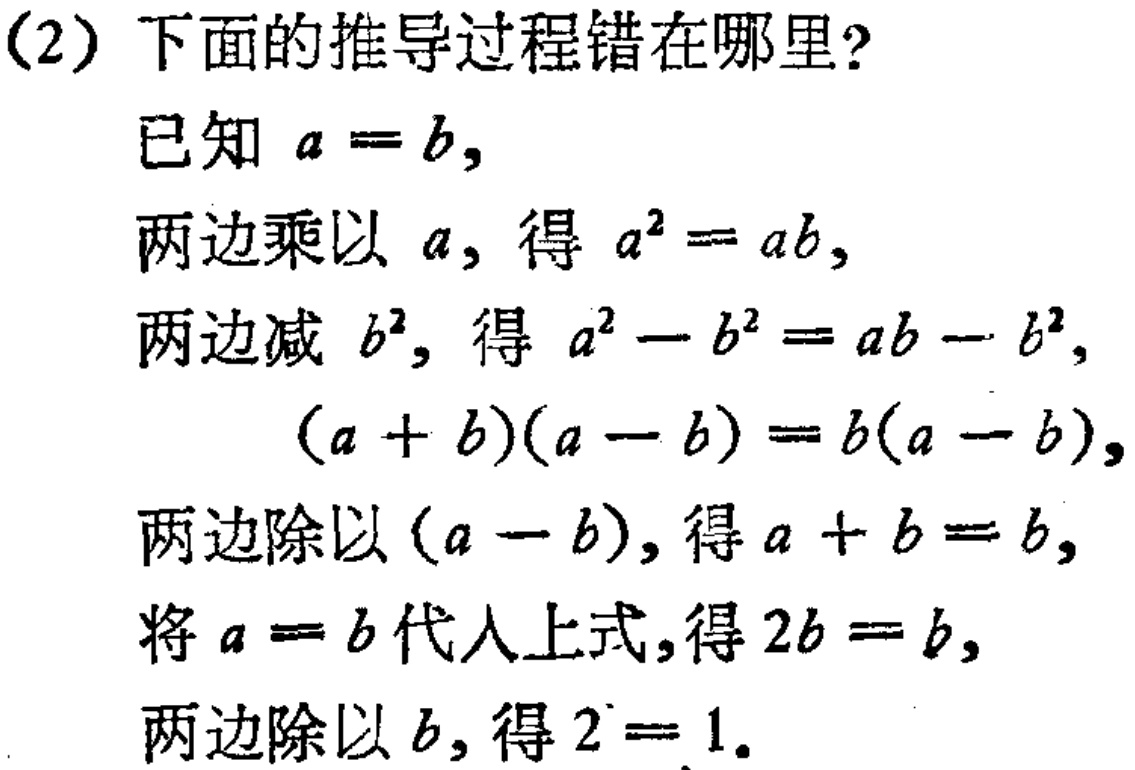
(2) 下面的推导过程错在哪里?

已知 \(a = b\),

两边乘以 \(a\), 得 \(a^{2}=ab\),

两边减 \(b^{2}\), 得 \(a^{2}-b^{2}=ab - b^{2}\),

\((a + b)(a - b)=b(a - b)\),

两边除以 \((a - b)\), 得 \(a + b = b\),

将 \(a = b\) 代入上式,得 \(2b = b\),

两边除以 \(b\), 得 \(2 = 1\).